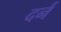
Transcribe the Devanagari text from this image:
दर्न